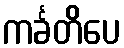
ကင်္ခတိပေ